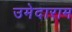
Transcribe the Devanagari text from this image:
उमेदाराम